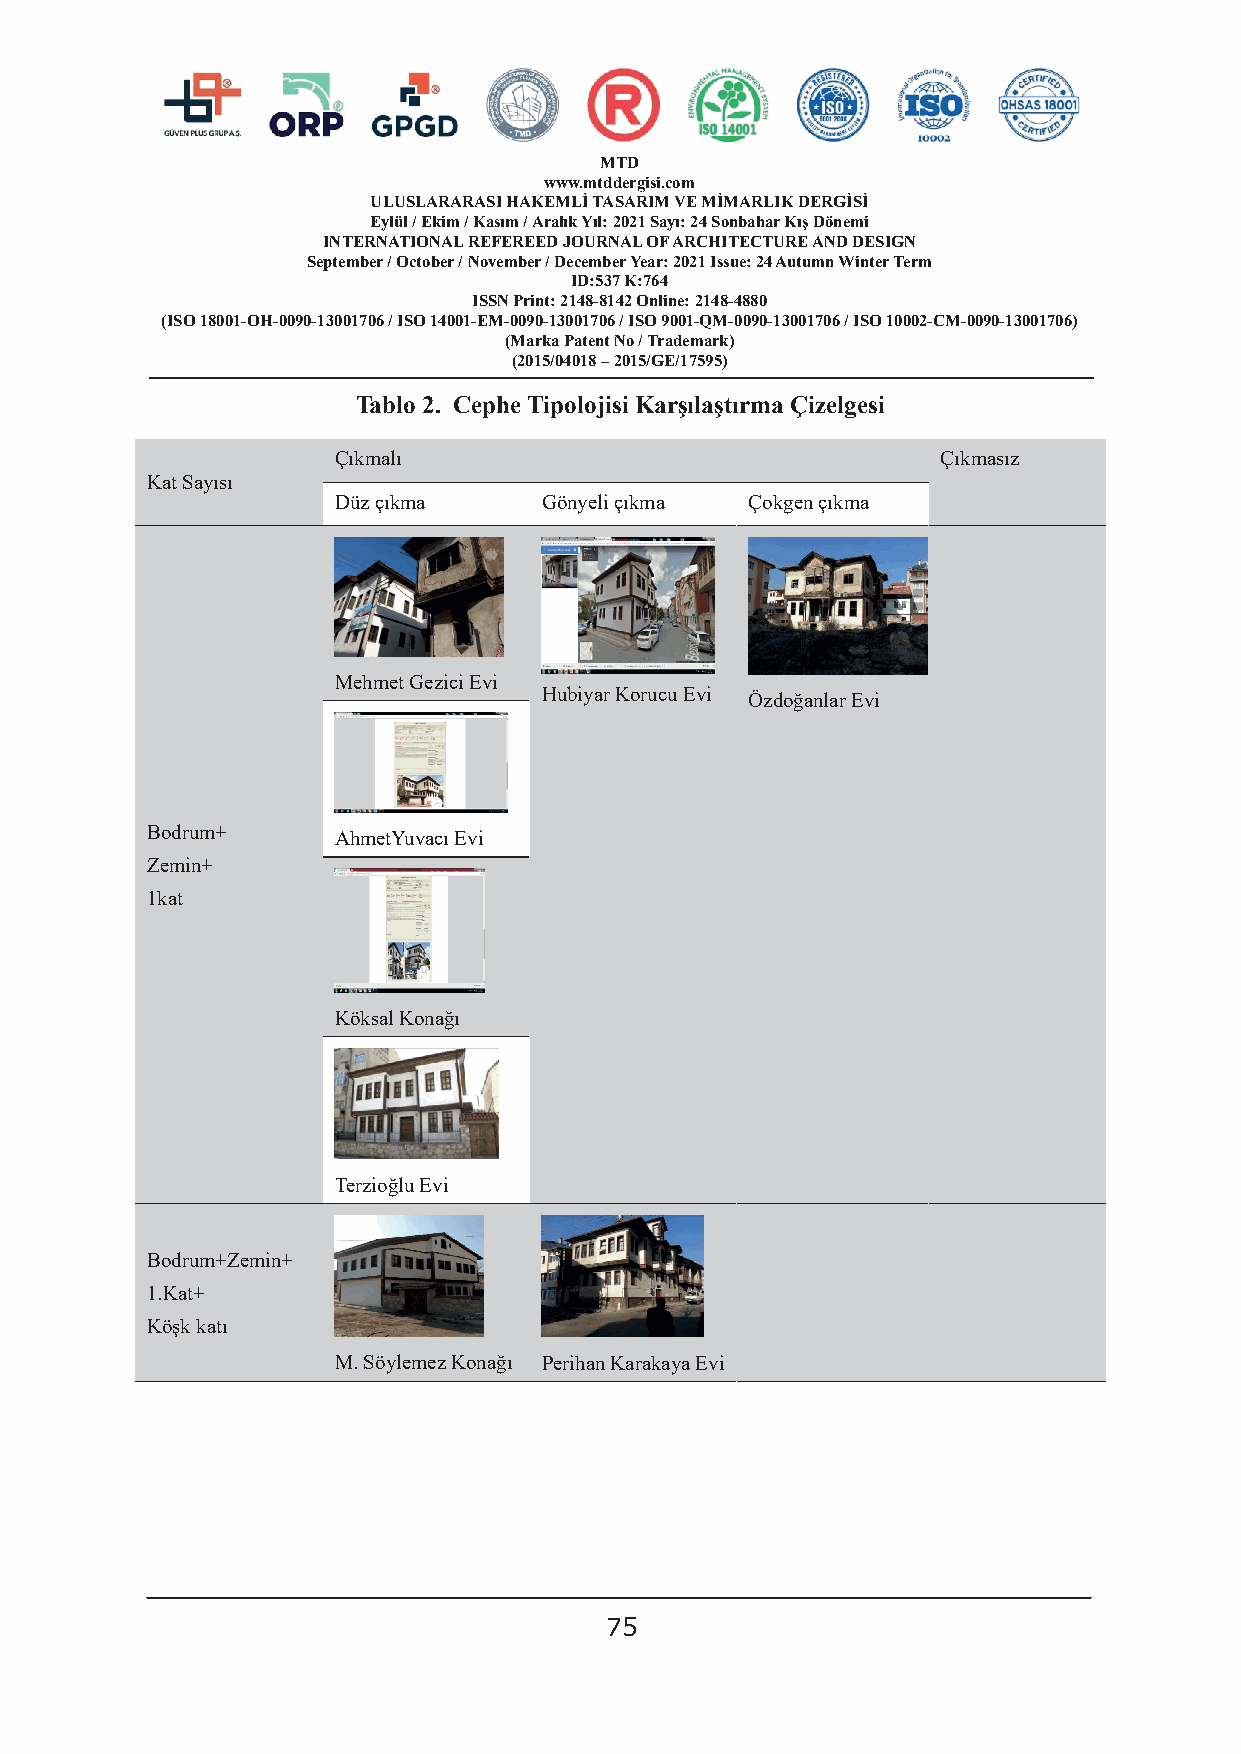
MTD
 www.mtddergisi.com
 ULUSLARARASI HAKEMLİ TASARIM VE MİMARLIK DERGİSİ
 Eylül / Ekim / Kasım / Aralık Yıl: 2021 Sayı: 24 Sonbahar Kış Dönemi
 INTERNATIONAL REFEREED JOURNAL OF ARCHITECTURE AND DESIGN
 September / October / November / December Year: 2021 Issue: 24 Autumn Winter Term
 ID:537 K:764
 ISSN Print: 2148-8142 Online: 2148-4880
 (ISO 18001-OH-0090-13001706 / ISO 14001-EM-0090-13001706 / ISO 9001-QM-0090-13001706 / ISO 10002-CM-0090-13001706)
 (Marka Patent No / Trademark)
 (2015/04018 – 2015/GE/17595)
 Tablo 2. Cephe Tipolojisi Karşılaştırma Çizelgesi
 Çıkmalı                                 Çıkmasız
 Kat Sayısı
 Düz çıkma     Gönyeli çıkma Çokgen çıkma
 Mehmet Gezici Evi
 Hubiyar Korucu Evi
 Özdoğanlar Evi
 Bodrum+     AhmetYuvacı Evi
 Zemin+
 1kat
 Köksal Konağı
 Terzioğlu Evi
 Bodrum+Zemin+
 1.Kat+
 Köşk katı
 M. Söylemez Konağı Perihan Karakaya Evi
 75